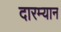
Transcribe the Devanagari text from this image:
दारम्यान